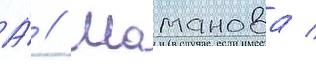
А́ // Шаманова /